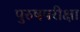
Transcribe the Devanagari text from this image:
पुरुषपरीक्षा